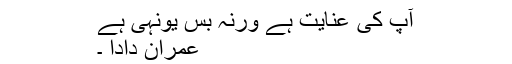
آپ کی عنایت ہے ورنہ بس یونہی ہے
عمران دادا ۔